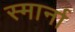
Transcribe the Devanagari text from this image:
स्मार्ना